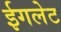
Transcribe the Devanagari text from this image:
ईगलेट